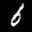
Label: 6